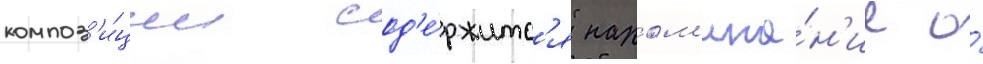
композ'и́ции сод'е́ржитс'я напом'ина́н'ие о́